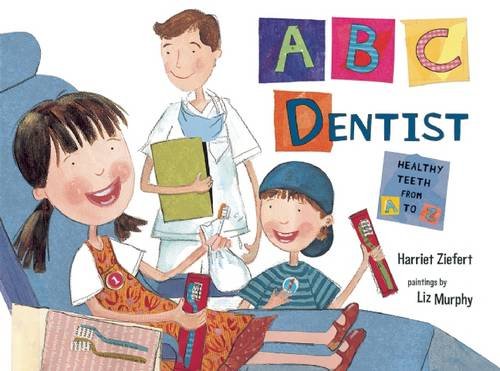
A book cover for ABC Dentist; Harriet Ziefert; Medical Books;